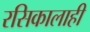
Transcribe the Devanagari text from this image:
रसिकालाही